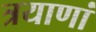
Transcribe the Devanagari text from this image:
त्रयाणां